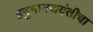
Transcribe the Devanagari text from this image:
हनुमानजयंतीचा